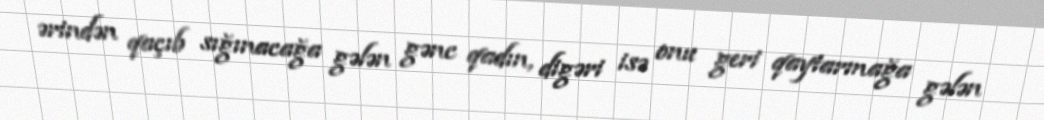
ərindən qaçıb sığınacağa gələn gənc qadın, digəri isə onu geri qaytarmağa gələn